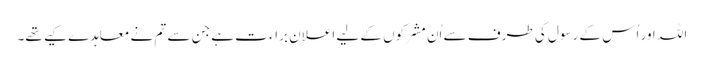
اللہ اور اُس کے رسول کی طرف سے اُن مشرکوں کے لیے اعلان براء ت ہے جن سے تم نے معاہدے کیے تھے۔